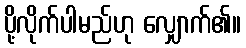
ပို့လိုက်ပါမည်ဟု လျှောက်၏။